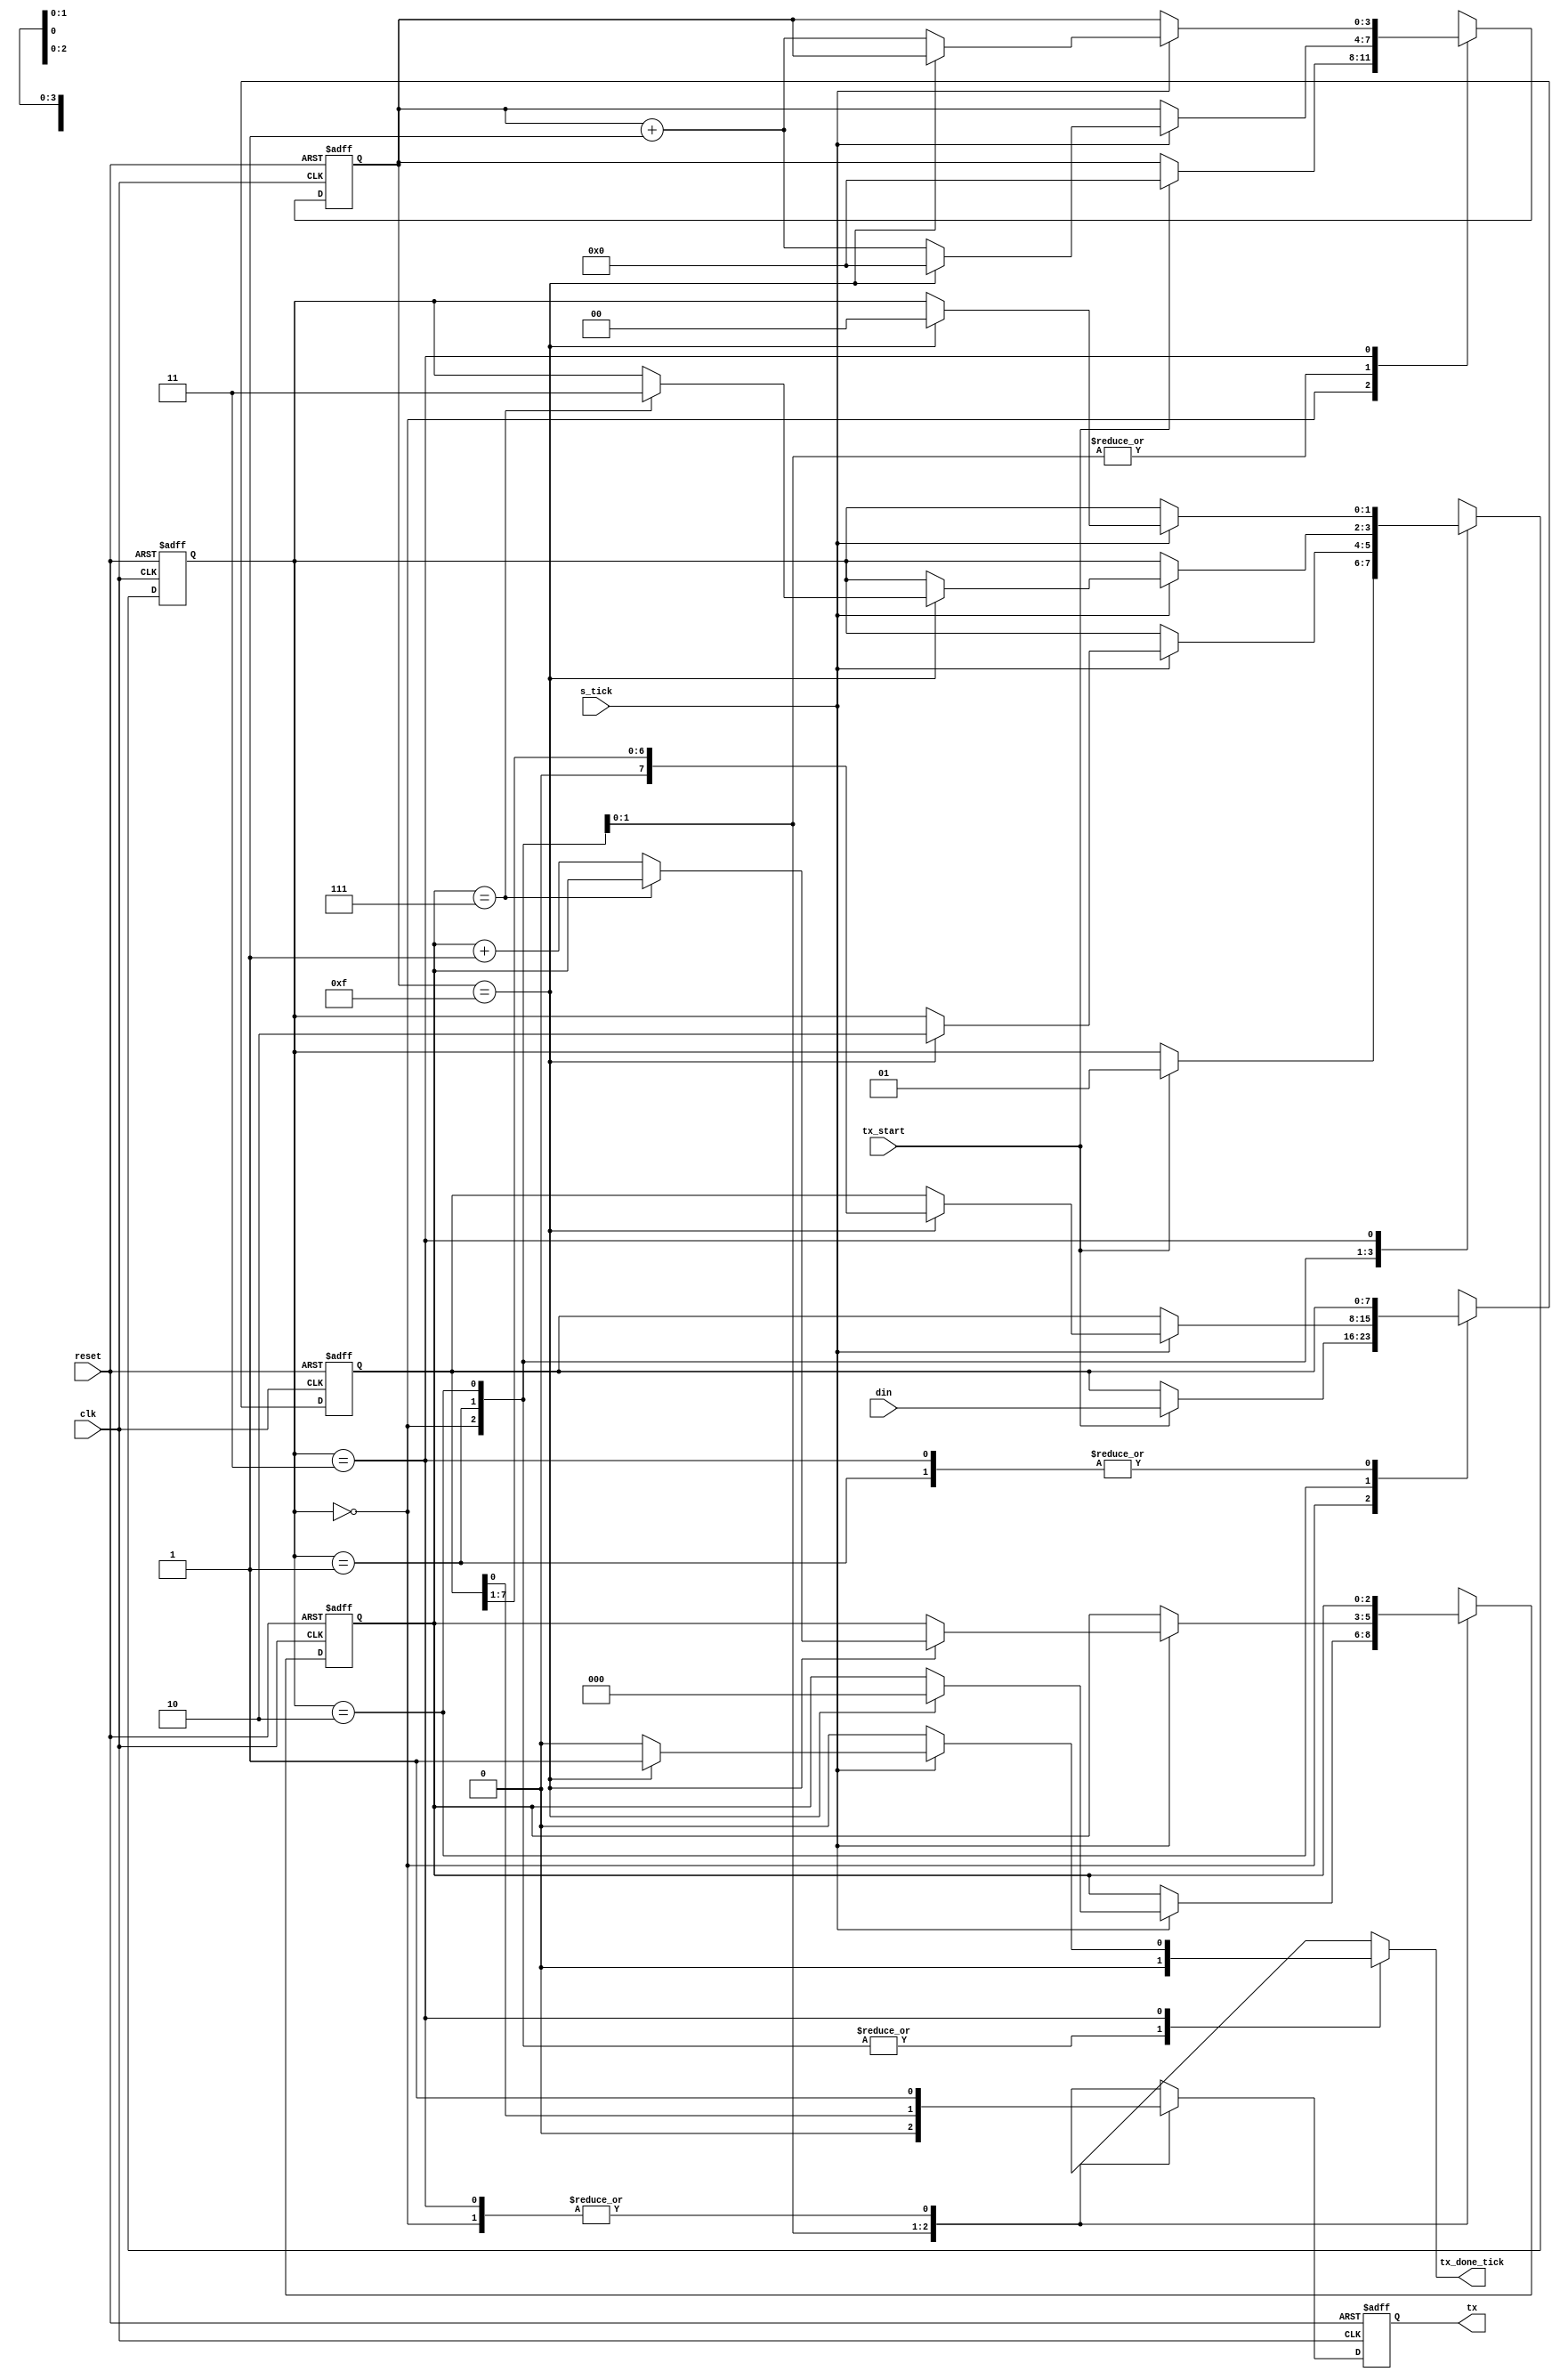
`timescale 1ns / 1ps

module uart_tx
	#(
		parameter 	DBIT = 8,
					SB_TICK = 16
	)
	(
		input 	wire 			clk, reset,
		input 	wire 			tx_start, s_tick,
		input 	wire 	[7:0] 	din ,
		output 	reg 			tx_done_tick,
		output 	wire 			tx
	);

	// LOCAL_PARAMETERS
    localparam [1:0]                 
    	idle    = 2'b00,
        start   = 2'b01,
        data	= 2'b10,
        stop    = 2'b11;

    	// signal declaration
	reg 	[1:0] 	state_reg , state_next ;
	reg 	[3:0] 	s_reg , s_next ;
	reg 	[2:0] 	n_reg , n_next ;
	reg 	[7:0] 	b_reg , b_next ;
	reg 			tx_reg , tx_next ;

	always @( posedge clk , posedge reset)
		if (reset)
			begin
				state_reg <= idle;
				s_reg <= 0;
				n_reg <= 0;
				b_reg <= 0;
				tx_reg <= 1'b1;
			end
		else
			begin
				state_reg <= state_next ;
				s_reg <= s_next;
				n_reg <= n_next;
				b_reg <= b_next;
				tx_reg <= tx_next;
			end

	// FSMD next-state logic
	always @*
	begin
		state_next = state_reg;
		tx_done_tick = 1'b0;
		s_next = s_reg;
		n_next = n_reg;
		b_next = b_reg;
		tx_next = tx_reg;

		case(state_reg)
			idle:
				begin
					tx_next = 1'b1;
					if (tx_start)
						begin
							state_next = start;
							s_next = 0;
							b_next = din;
						end
				end
			start :
				begin
					tx_next = 1'b0;
					if (s_tick)
						if (s_reg==15)
							begin
								state_next = data;
								s_next = 0;
								n_next = 0;
							end
						else
							s_next = s_reg + 1;
				end
			data:
				begin
					tx_next = b_reg[0];
					if (s_tick)
						if (s_reg==15)
							begin
								s_next = 0;
								b_next = b_reg >> 1;
								if (n_reg==(DBIT - 1))
									state_next = stop;
								else
									n_next = n_reg + 1;
							end
						else
							s_next = s_reg + 1;
				end
			stop:
				begin
					tx_next = 1'b1;
					if (s_tick)
						if (s_reg==(SB_TICK - 1))
							begin
								state_next = idle;
								tx_done_tick =1'b1;
							end
						else
							s_next = s_reg + 1;
				end
		endcase
	end
	//output
	assign tx = tx_reg;

endmodule